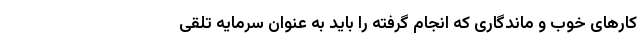
کارهای خوب و ماندگاری که انجام گرفته را باید به عنوان سرمایه تلقی